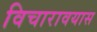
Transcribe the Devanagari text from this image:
विचारावयास